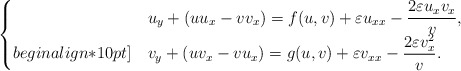
\begin{align*}\begin{cases}&\displaystyle u_y+(uu_x-vv_x)=f(u,v)+\varepsilon u_{xx}-\frac{2\varepsilon u_xv_x}{v},\\begin{align*}10pt]&\displaystyle v_y+(uv_x-vu_x)=g(u,v)+\varepsilon v_{xx}-\frac{2\varepsilon v_x^2}{v}.\end{cases}\end{align*}